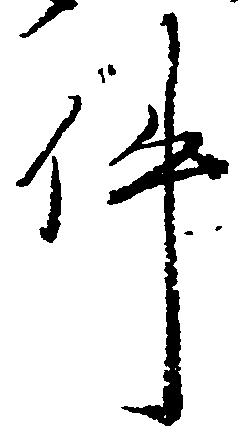
件